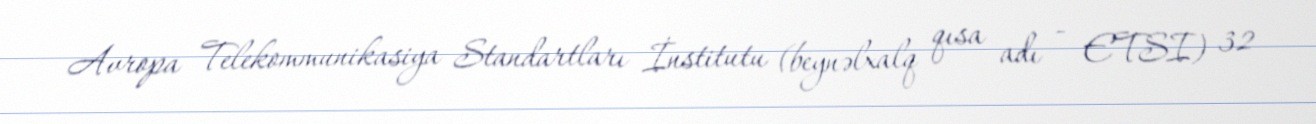
Avropa Telekommunikasiya Standartları İnstitutu (beynəlxalq qısa adı - ETSI) 32